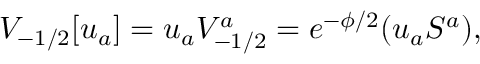
V _ { - 1 / 2 } [ u _ { a } ] = u _ { a } V _ { - 1 / 2 } ^ { a } = e ^ { - \phi / 2 } ( u _ { a } S ^ { a } ) ,